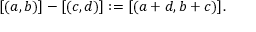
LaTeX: [ ( a , b ) ] - [ ( c , d ) ] : = [ ( a + d , b + c ) ] .